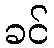
ခင်